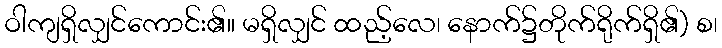
ဝါကျရှိလျှင်ကောင်း၏။ မရှိလျှင် ထည့်လေ၊ နောက်၌တိုက်ရိုက်ရှိ၏) စ၊